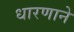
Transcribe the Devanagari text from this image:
धारणाने